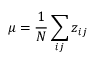
\mu = \frac { 1 } { N } \sum _ { i j } z _ { i j }